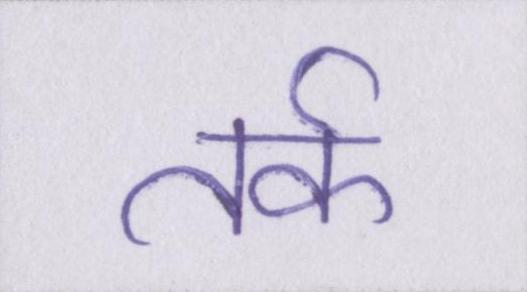
तर्क